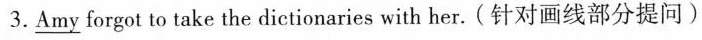
3.\underline{Amy} forgot to take the dictionaries with her. (针对画线部分提问)